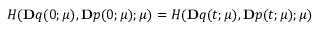
H ( \ensuremath { \mathbf Ḋ q Ḍ } ( 0 ; \ensuremath { \boldsymbol Ḋ \mu Ḍ } ) , \ensuremath { \mathbf Ḋ p Ḍ } ( 0 ; \ensuremath { \boldsymbol Ḋ \mu Ḍ } ) ; \ensuremath { \boldsymbol Ḋ \mu Ḍ } ) = H ( \ensuremath { \mathbf Ḋ q Ḍ } ( t ; \ensuremath { \boldsymbol Ḋ \mu Ḍ } ) , \ensuremath { \mathbf Ḋ p Ḍ } ( t ; \ensuremath { \boldsymbol Ḋ \mu Ḍ } ) ; \ensuremath { \boldsymbol Ḋ \mu Ḍ } )